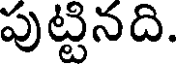
పుట్టినది.